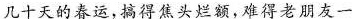
几十天的春运，搞得焦头烂额，难得老朋友一